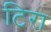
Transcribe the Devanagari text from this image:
टिरा